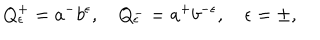
Q _ { \epsilon } ^ { + } = a ^ { - } b ^ { \epsilon } , \quad Q _ { \epsilon } ^ { - } = a ^ { + } b ^ { - \epsilon } , \quad \epsilon = \pm ,